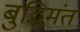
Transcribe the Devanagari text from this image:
बुद्धिमंत